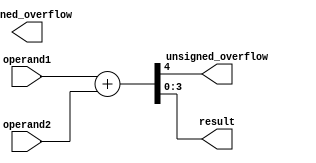
`timescale 1ns / 1ps
//////////////////////////////////////////////////////////////////////////////////
// Company: 
// Engineer: 
// 
// Design Name: 
// Module Name: ALU_add
// Project Name: 
// Target Devices: 
// Tool Versions: 
// Description: 
// 
// Dependencies: 
// 
// Revision:
// Revision 0.01 - File Created
// Additional Comments:
// 
//////////////////////////////////////////////////////////////////////////////////


module ALU_add #(
    parameter DATA_WIDTH = 4
)(
    input  [DATA_WIDTH -1 : 0] operand1,
    input  [DATA_WIDTH -1 : 0] operand2,
    output signed_overflow,
    output unsigned_overflow,
    output [DATA_WIDTH -1 : 0] result
);
    // overflow and result
    wire carry;
    assign {carry, result[DATA_WIDTH -1 : 0]} = operand1[DATA_WIDTH -1 : 0] + operand2[DATA_WIDTH -1 : 0];

    // unsigned_overflow
    assign unsigned_overflow = carry;
endmodule